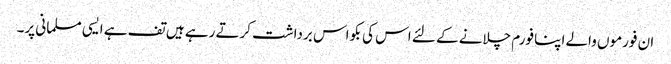
ان فورموں والے اپنا فورم چلانے کے لئے اس کی بکواس برداشت کرتے رہے ہیں تف ہے ایسی مسلمانی پر۔